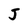
Character: J